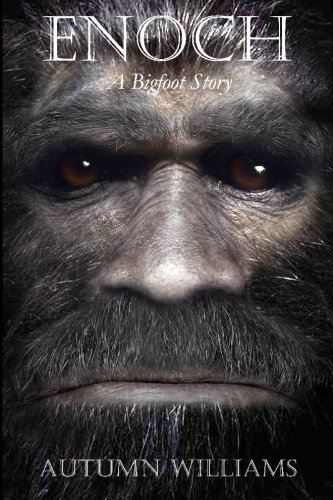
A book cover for Enoch: A Bigfoot Story; Autumn Williams; Religion & Spirituality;